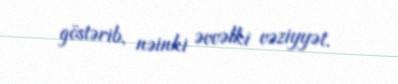
göstərib, nəinki əvvəlki vəziyyət.